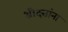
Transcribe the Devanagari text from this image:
श्रीदत्तांना